Mental hospitals Bombay report 1921-28 - 1921-1928
Year: 1921
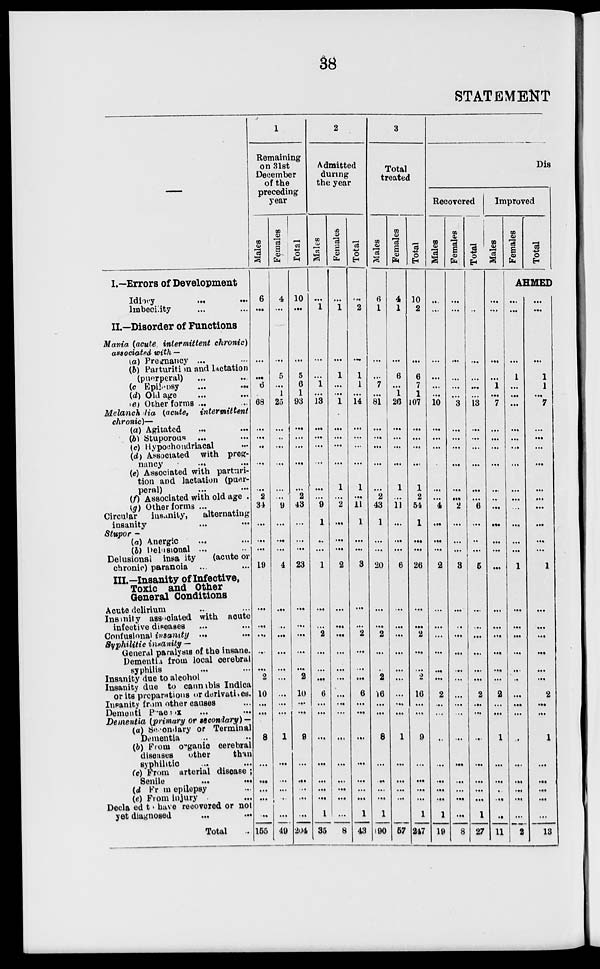
38
STATEMENT
—
I.—Errors of Development
Idiocy
... ...
Imbecility ... ...
II.—Disorder of Functions
Mania (acute intermittent chronic)
associated with —
(a) Pregnancy ... ...
(b) Parturition and lactation
(puerperal) ... ...
(c) Epilepsy
...
...
(d) Old age ... ...
(e) Other forms ... ...
Melancholia (acute,
intermittent
chronic)—
(a) Agitated ... ...
(b) Stuporous ... ...
(c) Hypochondriacal ...
(d) Associated with preg-
nancy
...
...
(e) Associated with parturi-
tion and lactation (puer-
peral)
...
...
(f) Associated with old age .
(g) Other forms ...
Circular
insanity,
alternating
insanity ... ...
Stupor —
(a) Anergic ... ...
(b) Delusional ... ...
Delusional insanity
(acute or
chronic) paranoia ... ...
III-Insanity of Infective,
Toxic and Other
General Conditions
Acute delirium ... ...
Insanity associated with acute
infective diseases ... ...
Confusional insanity
... ...
Syphilitic insanity —
General paralysis of the insane.
Dementia from local cerebral
syphilis ... ...
Insanity due to alcohol
Insanity due to cannabis Indica
or its preparations or derivatives.
Insanity from other causes ...
Dementia Praecox ... ...
Dementia (primary or secondary) —
(a) Secondary or Terminal
Dementia ... ...
(b) From organic cerebral
diseases
other
than
syphilitic ... ...
(c) From arterial disease ;
Senile
... ...
(d From epilepsy ...
(e) From injury ... ...
Declared to have recovored or not
yet diagnosed
...
...
Total ...
1
Remaining
on 31st
December
of the
preceding
year
Males
6
...
...
...
...
6
...
68
...
...
...
...
...
2
34
...
...
...
19
...
...
...
...
...
2
10
...
...
8
...
...
...
...
...
...
155
Females
4
...
...
...
5
...
1
25
...
..
...
...
...
...
9
...
...
...
4
...
...
...
...
...
...
...
...
...
1
...
...
...
...
...
...
49
Total
10
...
...
...
5
6
1
93
...
...
...
...
...
2
43
...
...
...
23
...
...
...
...
...
2
10
...
...
9
...
...
...
...
...
...
204
2
Admitted
during
the year
Males
...
1
...
...
...
1
...
13
...
...
...
...
...
...
9
1
...
...
1
...
...
2
...
...
...
6
...
...
...
...
...
...
...
...
1
35
Females
...
1
...
...
1
...
...
1
...
...
...
...
1
...
2
...
...
...
2
...
...
...
...
...
...
...
...
...
...
...
...
...
...
...
...
8
Total
...
2
...
...
1
1
...
14
...
...
...
...
1
...
11
1
...
...
3
...
...
2
...
...
...
6
...
...
...
...
...
...
...
...
1
43
3
Total
treated
Males
6
1
...
...
...
7
...
81
...
...
...
...
...
2
43
1
...
...
20
...
...
2
...
...
2
16
...
...
8
...
...
...
...
...
1
190
Females
4
1
...
...
6
...
1
26
...
...
...
...
1
...
11
...
...
...
6
...
...
...
...
...
...
...
...
...
1
...
...
...
...
...
...
57
Total
10
2
...
...
6
7
1
107
...
...
...
...
1
2
54
1
...
...
26
...
...
2
...
...
2
16
...
...
9
...
...
...
...
...
1
247
Dis
Recovered
Males
...
...
...
...
...
...
...
10
...
...
...
...
...
...
4
...
...
...
2
...
...
...
...
...
...
2
...
...
...
...
...
...
...
...
1
19
Females
...
...
...
...
...
...
...
3
...
...
...
...
...
...
2
...
...
...
3
...
...
...
...
...
...
...
...
...
...
...
...
...
...
...
...
8
Total
...
...
...
...
...
...
...
13
...
...
...
...
...
...
6
...
...
...
5
...
...
...
...
...
...
2
...
...
...
...
...
...
...
...
1
27
Improved
Males
...
...
...
...
...
1
...
7
...
...
...
...
...
...
...
...
...
...
...
...
...
...
...
...
...
2
...
...
1
...
...
...
...
...
...
11
Females
Total
AHMED
...
...
...
...
1
...
...
...
...
...
...
...
...
...
...
...
...
...
1
...
...
...
...
...
...
...
...
...
...
...
...
...
...
...
...
2
...
...
...
...
1
1
...
7
...
...
...
...
...
...
...
...
...
...
1
...
...
...
...
...
...
2
...
...
1
...
...
...
...
...
...
13